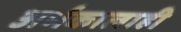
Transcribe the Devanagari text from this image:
अर्भकालाही